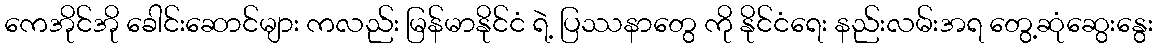
ကေအိုင်အို ခေါင်းဆောင်များ ကလည်း မြန်မာနိုင်ငံ ရဲ့ ပြဿနာတွေ ကို နိုင်ငံရေး နည်းလမ်းအရ တွေ့ဆုံဆွေးနွေး